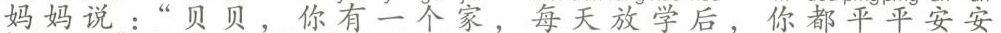
妈妈说：‘’贝贝 ，你有一个家，每天放学后，你都平平安安